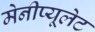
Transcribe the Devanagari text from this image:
मेनीप्यूलेट